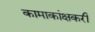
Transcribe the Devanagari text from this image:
कामाकांक्षकरी